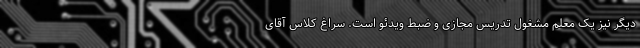
دیگر نیز یک معلم مشغول تدریس مجازی و ضبط ویدئو است. سراغ کلاس آقای